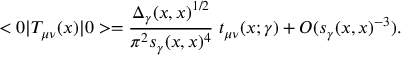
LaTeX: < 0 | T _ { \mu \nu } ( x ) | 0 > = { \frac { \Delta _ { \gamma } ( x , x ) ^ { 1 / 2 } } { \pi ^ { 2 } s _ { \gamma } ( x , x ) ^ { 4 } } } \; t _ { \mu \nu } ( x ; \gamma ) + O ( s _ { \gamma } ( x , x ) ^ { - 3 } ) .